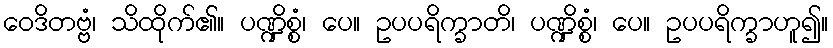
ဝေဒိတဗ္ဗံ၊ သိထိုက်၏။ ပဏ္ဍိစ္စံ၊ ပေ။ ဥပပရိက္ခာတိ၊ ပဏ္ဍိစ္စံ၊ ပေ။ ဥပပရိက္ခာဟူ၍။